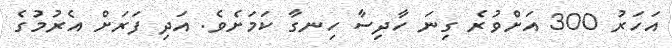
އަހަރު 300 އަށްވުރެ ގިނަ ހާދިސާ ހިނގާ ކަމަށެވެ. އަދި ފަރަށް އެރުމުގެ